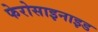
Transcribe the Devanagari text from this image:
फेरोसाइनाइड